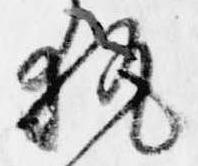
執